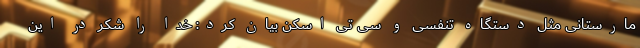
مارستانی مثل دستگاه تنفسی و سی تی اسکن بیان کرد: خدا را شکر در این